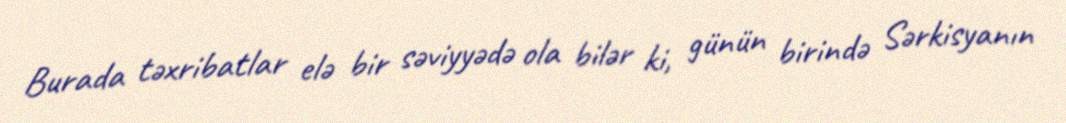
Burada təxribatlar elə bir səviyyədə ola bilər ki, günün birində Sərkisyanın